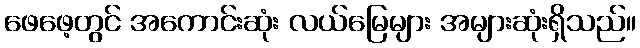
ဖေဖေ့တွင် အကောင်းဆုံး လယ်မြေများ အများဆုံးရှိသည်။